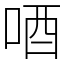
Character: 唒